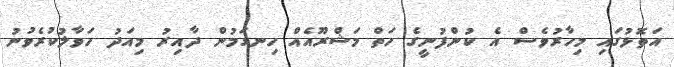
އަތޮޅުގައި މިހާރުވެސް އެ ކުންފުނީގެ ހަތް މަޝްރޫއެއް ހިނގަމުން ދާއިރު މިއަދު ހަވާލުކުރެވުނު